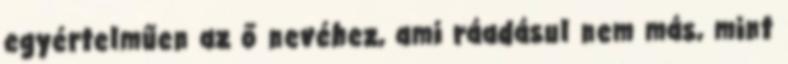
egyértelműen az ő nevéhez, ami ráadásul nem más, mint